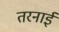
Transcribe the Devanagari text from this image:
तरनाई